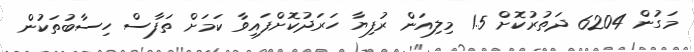
މަގުން 6204 ދަތުރުކޮށް 1.5 މިލިއަން ރުފިޔާ ހަރަދުކޮށްފައިވާ ކަމަށް ތަފާސް ހިސާބުތަކުން